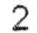
2